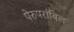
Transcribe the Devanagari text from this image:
पेरुपरांबिल